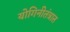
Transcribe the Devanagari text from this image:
योगिनीतंत्रात